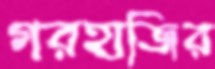
গরহাজির